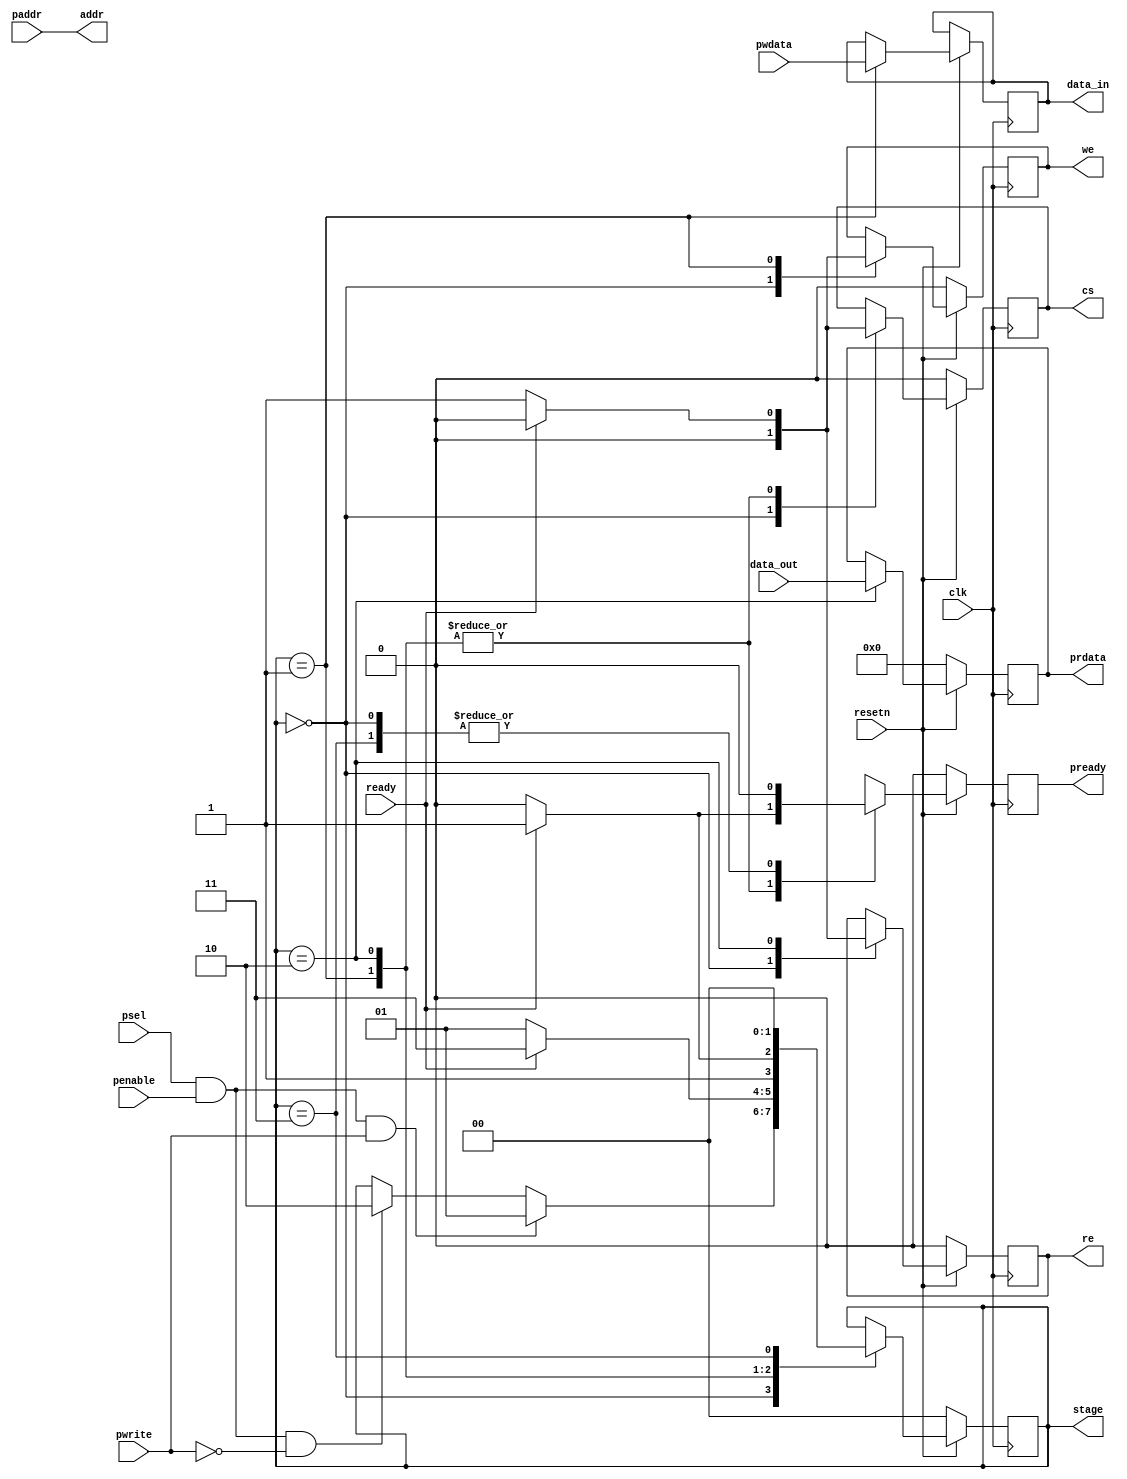
module blackbox1(
    input clk,
    input resetn,
    input [7:0]pwdata,
    input pwrite,
    input psel,
    input penable,
    input [7:0]paddr,
    input [7:0]data_out,
    input ready,

    output reg [7:0]prdata,
    output reg pready,
    output reg cs,
    output reg we,
    output reg re,
    output [7:0]addr,
    output reg [7:0]data_in,
    output reg [1:0]stage
);
//reg [1:0]stage;
localparam IDLE 		= 2'b00;
localparam WRITE 		= 2'b01;
localparam READ 		= 2'b10;
localparam FINISH 		= 2'b11;
assign addr = paddr;
always @(posedge clk) begin
    if(!resetn) begin
			stage	<= IDLE;
			pready	<= 1'b0;
			prdata	<= {8{1'b0}};
            cs <= 0;
            we <=0;
            re <=0;
            //addr <= 0;
		end
    else begin
        case(stage)
        IDLE: begin
            pready	<= 1'b0;
			//prdata	<= {8{1'b0}};
            cs <= 0;
            we <=0;
            re <=0;
            //addr <= 0;
            if(psel && penable && pwrite) begin
                stage <= WRITE;
            end
            else if(psel && penable && !pwrite) begin
                stage <= READ;
            end
        end
        WRITE: begin
            pready <= 1'b0;
            cs <= 1'b1;
            we <= 1'b1;
            //addr <= paddr;
            data_in <= pwdata;
            if(ready) begin
                cs <= 0;
                we <= 0;
                pready <= 1'b1;
                stage <= FINISH;
            end
            else begin
                stage <= WRITE;
            end
        end
        READ: begin
            pready <= 1'b0; 
            cs <= 1'b1;
            re <= 1'b1;
            //addr <= paddr;
            prdata <= data_out;
            if(ready) begin
                cs <=0;
                re <=0;
                pready <= 1'b1;
                stage <= FINISH;
            end
            else begin
                stage <= READ;
            end
        end
        FINISH: begin
            pready <= 1'b0;
            stage <= IDLE;
        end        
    endcase
    end
end
endmodule